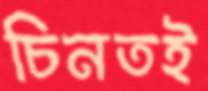
চিনতই